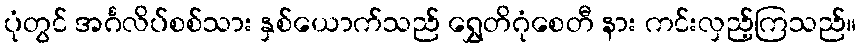
ပုံတွင် အင်္ဂလိပ်စစ်သား နှစ်ယောက်သည် ရွှေတိဂုံစေတီ နား ကင်းလှည့်ကြသည်။